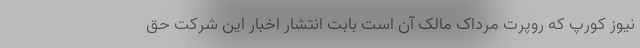
نیوز کورپ که روپرت مرداک مالک آن است بابت انتشار اخبار این شرکت حق